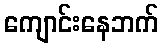
ကျောင်းနေဘက်